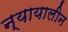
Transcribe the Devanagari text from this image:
न्यायालीन